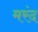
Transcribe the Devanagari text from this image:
मरंद